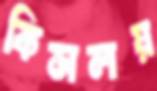
কিসলয়